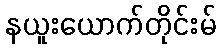
နယူးယောက်တိုင်းမ်